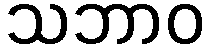
သဘာဝ